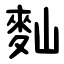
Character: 䴮